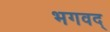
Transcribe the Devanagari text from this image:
भगवद्‍